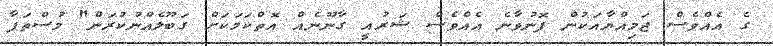
ގެ އެއްވެސް ޖަމިއްޔާއަކުން ފޮނުވާނެ އެއްވެސް ޝަރުއީ ގާނޫނެއް އޮތްކަމަކަށް ގަބޫލެއްނުކުރަން" މުސްތަފާ